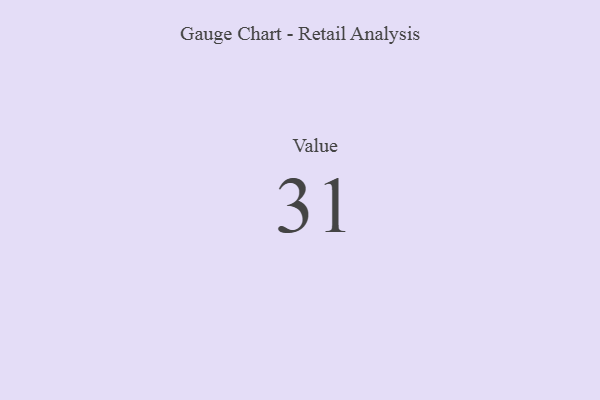
{"axis": {"x": "Metric", "y": "Value"}, "legend": [""], "data": [{"x": "Value", "y": 31, "type": ""}]}